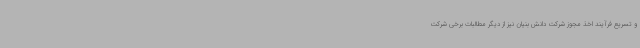
و تسریع فرآیند اخذ مجوز شرکت دانش بنیان نیز از دیگر مطالبات برخی شرکت